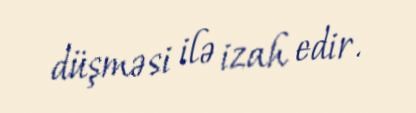
düşməsi ilə izah edir.